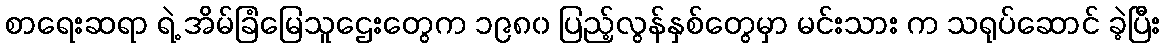
စာရေးဆရာ ရဲ့ အိမ်ခြံမြေသူဌေးတွေက ၁၉၈၀ ပြည့်လွန်နှစ်တွေမှာ မင်းသား က သရုပ်ဆောင် ခဲ့ပြီး